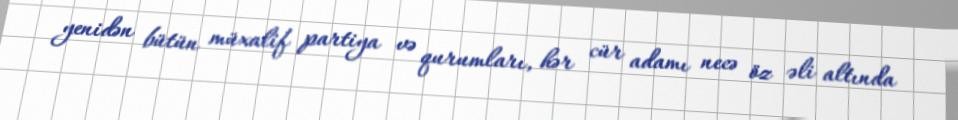
yenidən bütün müxalif partiya və qurumları, hər cür adamı necə öz əli altında